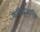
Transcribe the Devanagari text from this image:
केंडिडिआसिस